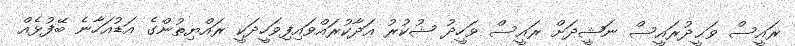
ރައީސް ވަޙީދުރައީސް ނަޝީދަށް ރައީސް ވަހީދު ޝުކުރު އަދާކުރައްވައިފިވަހީދަކީ ރައްޔިތުންގެ އަޑުއަހާނެ ބޭފުޅެއް